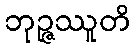
ဘုဉ္ဇဿူတိ